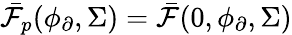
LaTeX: \bar{\mathcal{F}}_{p}(\phi_{\partial},\Sigma)=\bar{\mathcal{F}}(0,\phi_{\partial},\Sigma)